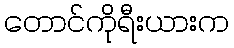
တောင်ကိုရီးယားက